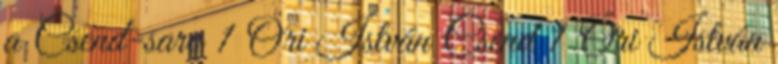
a Csend-saro 1 Őri István Csend 1 Őri István